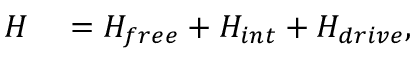
\begin{array} { r l } { H } & { { } = H _ { f r e e } + H _ { i n t } + H _ { d r i v e } , } \end{array}